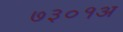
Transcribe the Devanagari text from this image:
७३०१अ